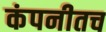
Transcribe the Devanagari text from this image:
कंपनीतच